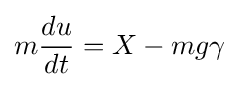
m{\frac {du}{dt}}=X-mg\gamma